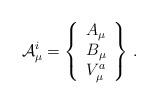
LaTeX: \begin{align*}{\cal A}_\mu^i =\left\{\begin{array}{ccc}A_\mu\\B_\mu\\V_\mu^a\end{array}\right\}\, .\end{align*}